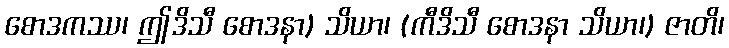
စောဒကဿ၊ ဤဒိသီ စောဒနာ) သိယာ၊ (ကီဒိသီ စောဒနာ သိယာ၊) ဇာတိ၊